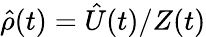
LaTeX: \hat{\rho}(t)=\hat{U}(t)/Z(t)